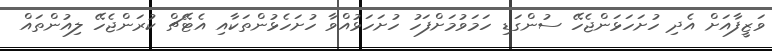
ވަޒީފާއަށް އެދި ހުށަހަޅަންޖެހޭ ސުންގަޑި ހަމަވުމަށްފަހު ހުށަހަޅުއްވާ ހުށަހެޅުންތަކާއި އެޓޭޗް ކުރަންޖެހޭ ލިއުންތައް